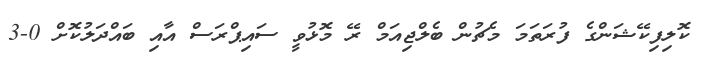
ކޮލިފިކޭޝަންގެ ފުރަތަމަ މެޗުން ބެލްޖިއަމް ރޭ މޮޅުވީ ސައިޕްރަސް އާއި ބައްދަލުކޮށް 0-3